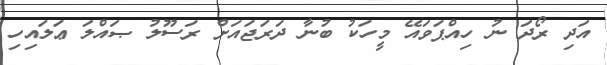
އަދި ރޯދަ ނު ހިއްޕަވައޭ މީހަކު ބުނާ ދަރަޖައަށް ރަސޫލު ޞައްލަ ޢަލައިހި